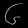
Digit: ၆